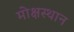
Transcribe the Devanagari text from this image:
मोक्षस्थान